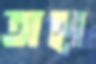
তাহা